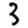
Digit: 3